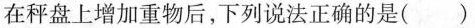
在秤盘上增加重物后，下列说法正确的是( )